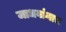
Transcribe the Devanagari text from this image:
जाधवांनाच